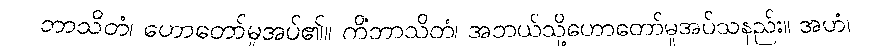
ဘာသိတံ၊ ဟောတော်မူအပ်၏။ ကိံဘာသိတံ၊ အဘယ်သို့ဟောတော်မူအပ်သနည်း။ အဟံ၊